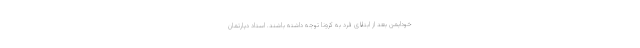
خودایمن بعد از ابتلای فرد به کرونا توجه داشته باشند. استاد دپارتمان